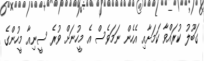
ގަބޫލު ކުރައްވާ ކަމަށާއި އެހެން ނަމަވެސް އެ މީހުނަށް ވުރެ ސީނިއާ މީހުންގެ